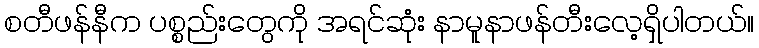
စတီဖန်နီက ပစ္စည်းတွေကို အရင်ဆုံး နာမူနာဖန်တီးလေ့ရှိပါတယ်။